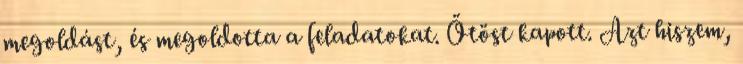
megoldást, és megoldotta a feladatokat. Ötöst kapott. Azt hiszem,